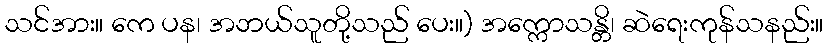
သင်အား။ ကေ ပန၊ အဘယ်သူတို့သည် ပေး။) အက္ကောသန္တိ၊ ဆဲရေးကုန်သနည်း။